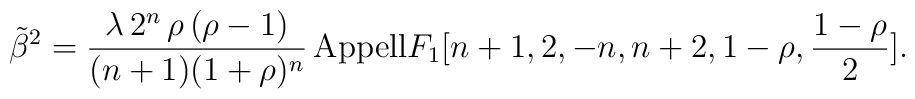
\tilde{\beta}^2=\frac{\lambda\,2^{n}\,\rho\,(\rho-1)}{(n+1)(1+\rho)^{n}}\,{\rm{Appell}}F_{1}[n+1,2,-n,n+2,1-\rho,\frac{1-\rho}{2}].